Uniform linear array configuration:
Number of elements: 16
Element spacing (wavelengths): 0.25
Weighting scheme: hamming
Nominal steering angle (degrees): -15
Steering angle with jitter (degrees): -14.318
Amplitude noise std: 0.05
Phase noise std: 0.05

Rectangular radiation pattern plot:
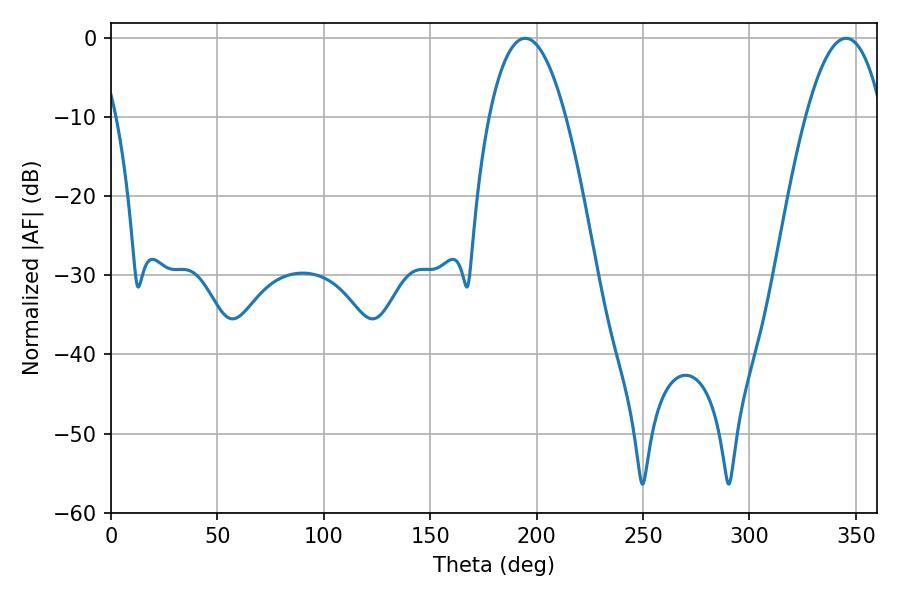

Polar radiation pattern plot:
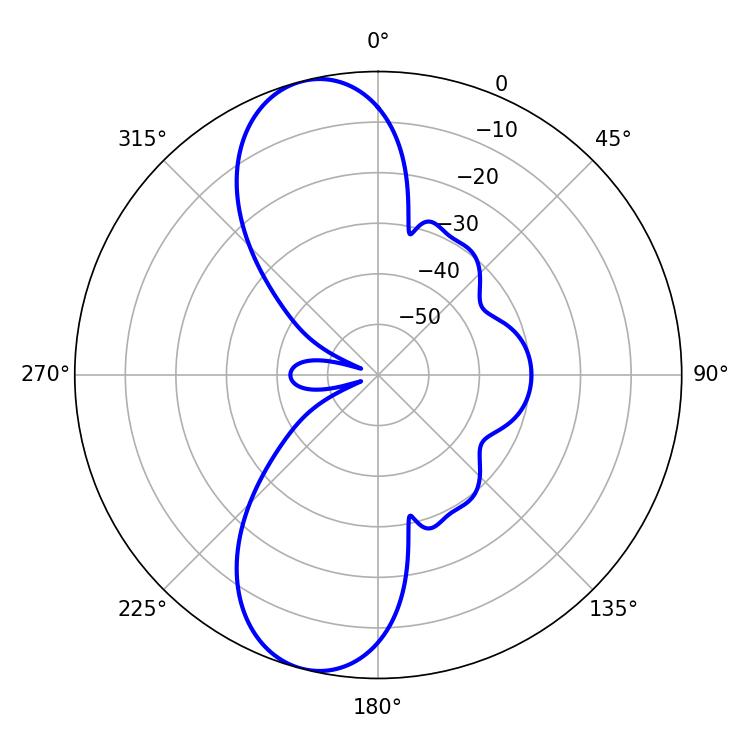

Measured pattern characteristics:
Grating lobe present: FALSE
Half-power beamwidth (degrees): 19.8
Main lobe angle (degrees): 194.58